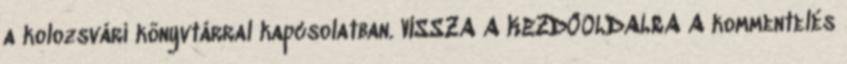
a kolozsvári könyvtárral kapcsolatban. VISSZA A KEZDŐOLDALRA A kommentelés